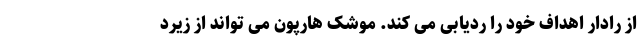
از رادار اهداف خود را ردیابی می کند. موشک هارپون می تواند از زیرد